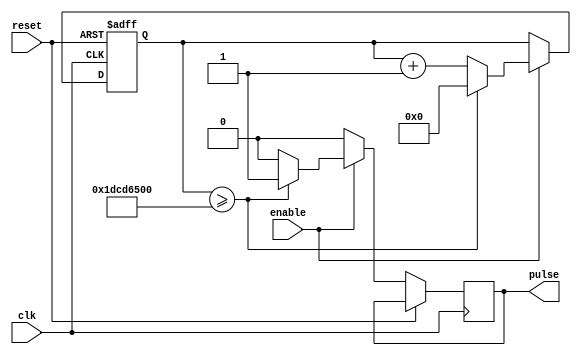
`timescale 1ns / 1ps
//////////////////////////////////////////////////////////////////////////////////
// Company: 
// Engineer: 
// 
// Design Name: 
// Module Name: five_sec_delay
// Project Name: 
// Target Devices: 
// Tool Versions: 
// Description: 
// 
// Dependencies: 
// 
// Revision:
// Revision 0.01 - File Created
// Additional Comments:
// 
//////////////////////////////////////////////////////////////////////////////////


module five_sec_delay(

    input clk, enable, reset,
    output reg pulse

    );
    
    // 100 MHz / 500 million = 0.2 Hz = 5 seconds
    // 29 bits to hold 500 million
    reg [28:0] count; 
    
    always @(posedge clk or posedge reset)
    begin
    
        if (reset)
            count <= 0;
        else if (enable)
        begin
        
                if (count >= 500000000)
                begin
                    count <= 0;
                    pulse <= 1;
                end else
                begin
                
                    count <= count + 1;
                    pulse <= 0;
                
                end
        
        end else
            pulse <= 0;
    
    end
    
    
endmodule